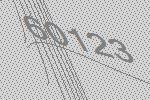
60123